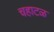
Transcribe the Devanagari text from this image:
चहाटळ